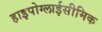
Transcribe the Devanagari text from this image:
हाइपोग्लाईसीमिक